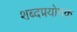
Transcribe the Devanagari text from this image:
शब्दप्रयोगक